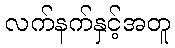
လက်နက်နှင့်အတူ